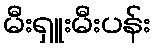
မီးရှူးမီးပန်း